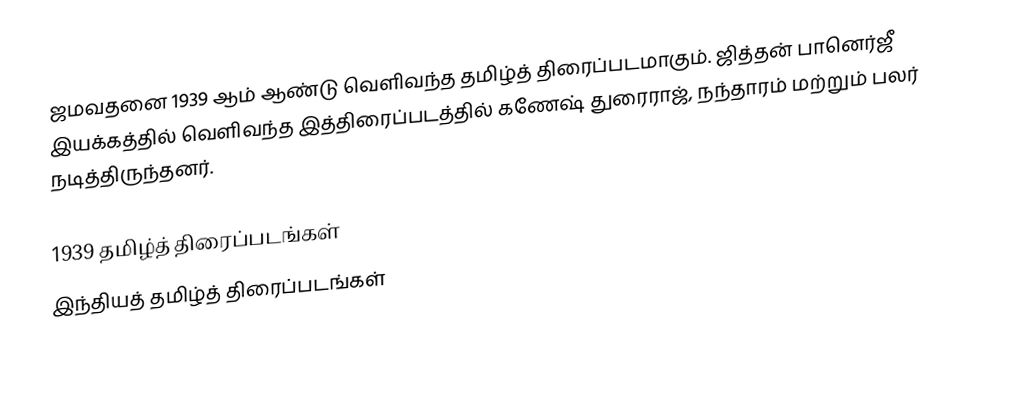
ஜமவதனை 1939 ஆம் ஆண்டு வெளிவந்த தமிழ்த் திரைப்படமாகும். ஜித்தன் பானெர்ஜீ இயக்கத்தில் வெளிவந்த இத்திரைப்படத்தில் கணேஷ் துரைராஜ், நந்தாரம் மற்றும் பலர் நடித்திருந்தனர்.

1939 தமிழ்த் திரைப்படங்கள்
இந்தியத் தமிழ்த் திரைப்படங்கள்